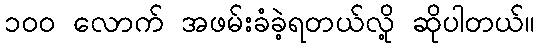
၁၀၀ လောက် အဖမ်းခံခဲ့ရတယ်လို့ ဆိုပါတယ်။